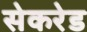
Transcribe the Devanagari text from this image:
सेकरेड